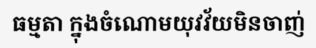
ធម្មតា ក្នុងចំណោមយុវវ័យមិនចាញ់